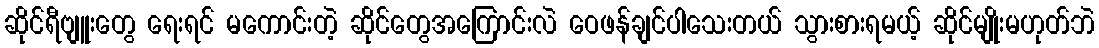
ဆိုင်ရီဗျူးတွေ ရေးရင် မကောင်းတဲ့ ဆိုင်တွေအကြောင်းလဲ ဝေဖန်ချင်ပါသေးတယ် သွားစားရမယ့် ဆိုင်မျိုးမဟုတ်ဘဲ